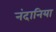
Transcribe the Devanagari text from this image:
नंदानिया